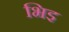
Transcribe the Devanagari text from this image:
भिइ